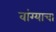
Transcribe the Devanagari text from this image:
वांग्याचा